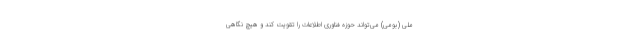
ملی (بومی) می‌تواند حوزه فناوری اطلاعات را تقویت کند و هیچ‌ نگاهی